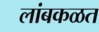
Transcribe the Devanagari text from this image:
लांबकळत